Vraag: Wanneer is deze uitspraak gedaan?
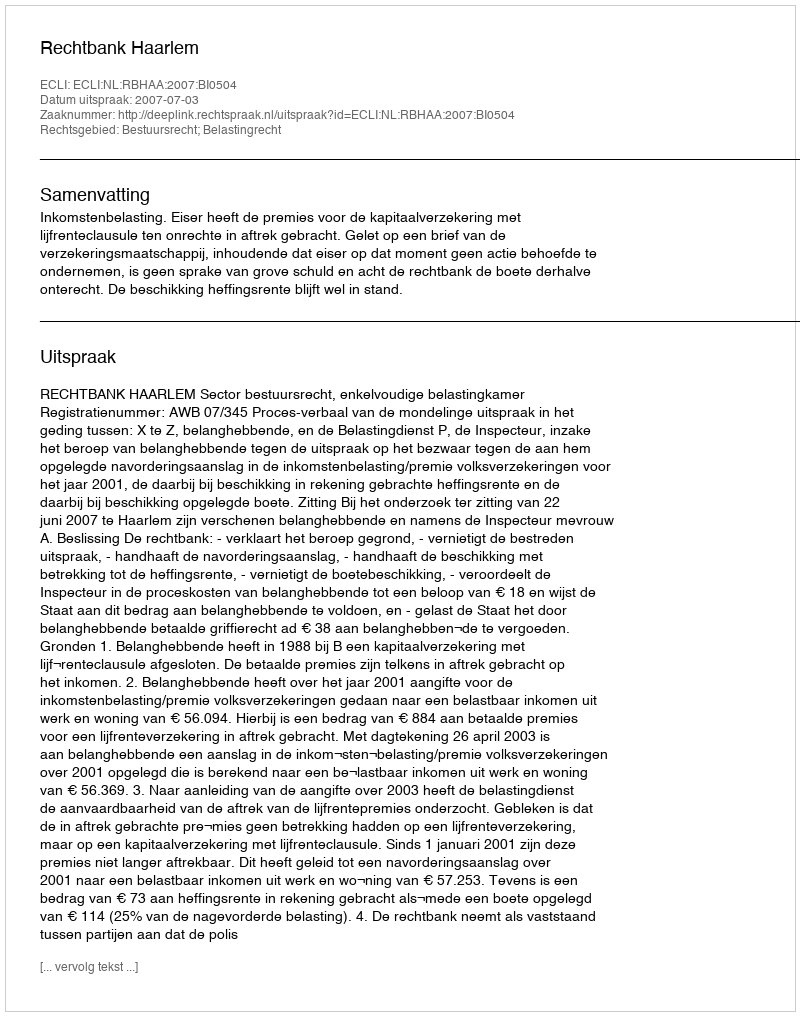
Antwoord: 2007-07-03